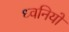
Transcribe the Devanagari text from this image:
ध्‍वनियों